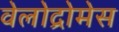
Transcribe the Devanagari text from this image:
वेलोद्रोमेस